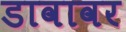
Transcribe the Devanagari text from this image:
डावावर